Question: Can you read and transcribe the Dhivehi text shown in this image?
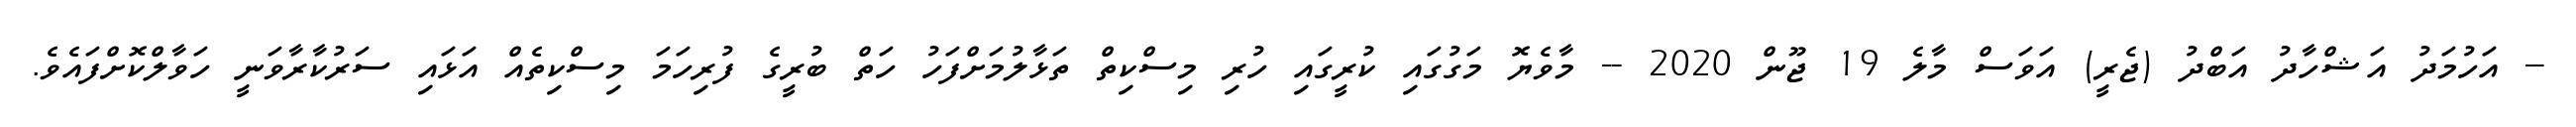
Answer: -- އަހުމަދު އަޝްހާދު އަބްދު (ޖެރީ) އަވަސް މާލެ 19 ޖޫން 2020 -- މާވެޔޮ މަގުގައި ކުރީގައި ހުރި މިސްކިތް ތަޅާލުމަށްފަހު ހަތް ބުރީގެ ފުރިހަމަ މިސްކިތެއް އަޅައި ސަރުކާރާވަނީ ހަވާލްކޮށްފައެވެ.